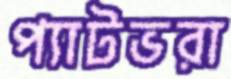
প্যাটভরা